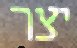
יצר